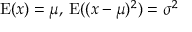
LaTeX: \operatorname { E } ( x ) = \mu , \, \operatorname { E } ( ( x - \mu ) ^ { 2 } ) = \sigma ^ { 2 }